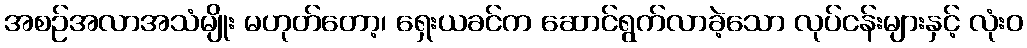
အစဉ်အလာအသံမျိုး မဟုတ်တော့၊ ရှေးယခင်က ဆောင်ရွက်လာခဲ့သော လုပ်ငန်းများနှင့် လုံးဝ